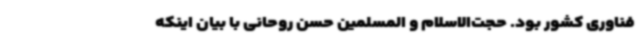
فناوری کشور بود. حجت‌الاسلام و المسلمین حسن روحانی با بیان اینکه